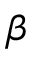
\beta